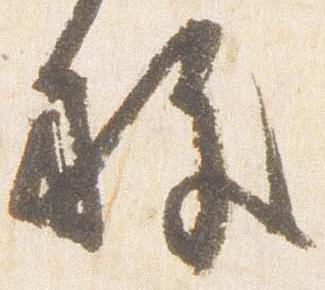
施